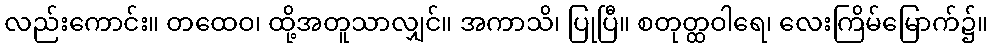
လည်းကောင်း။ တထေဝ၊ ထို့အတူသာလျှင်။ အကာသိ၊ ပြုပြီ။ စတုတ္ထဝါရေ၊ လေးကြိမ်မြောက်၌။